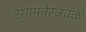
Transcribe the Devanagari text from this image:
संगमनेरजवळ